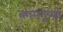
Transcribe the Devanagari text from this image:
कामतृष्णा